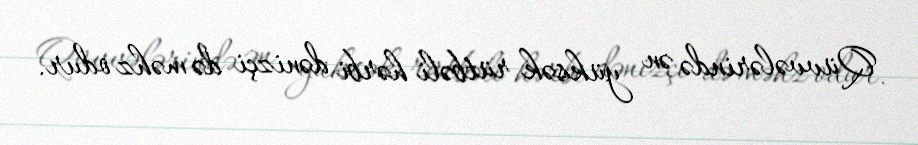
Qüvvələrində ən yüksək rütbəli hərbi dənizçi də məhz odur.